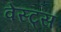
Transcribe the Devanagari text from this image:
वेस्ट्स